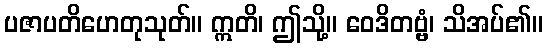
ပဇာပတိဟေတုသုတ်။ ဣတိ၊ ဤသို့။ ဝေဒိတဗ္ဗံ၊ သိအပ်၏။